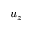
u _ { z }